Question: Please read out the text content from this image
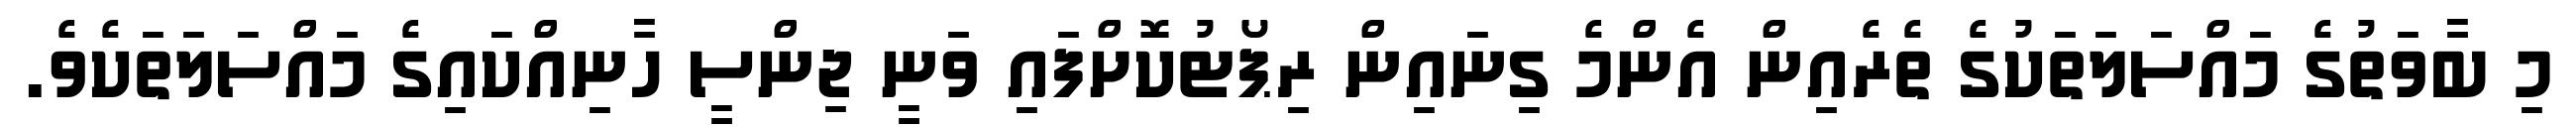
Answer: މި ބާވަތުގެ މައްސަލަތަކުގެ ތެރެއިން އެންމެ ގިނައިން ރިޕޯޓުކޮށްފައި ވަނީ ޖިންސީ ހާނިއްކައިގެ މައްސަލަތަކެވެ.